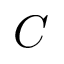
C